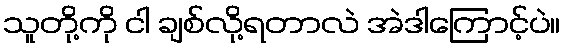
သူတို့ကို ငါ ချစ်လို့ရတာလဲ အဲဒါကြောင့်ပဲ။